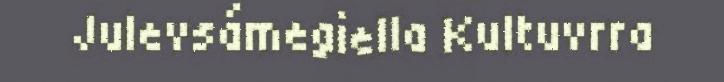
Julevsámegiella Kultuvrra